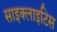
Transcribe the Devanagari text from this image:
साइक्लाइटिस